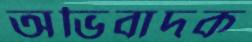
অভিবাদক